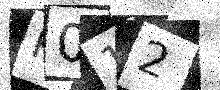
Text: K012